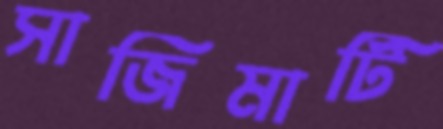
সাজিমাটি